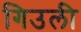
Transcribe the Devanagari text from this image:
गिउली